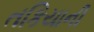
તકિયાની